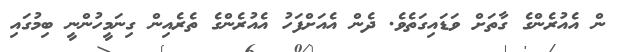
ން އެއުރެންގެ ގާތަށް ވަޑައިގަތެވެ. ދެން އެއަށްފަހު އެއުރެންގެ ތެރެއިން ގިނަމީހުންނީ ބިމުގައި